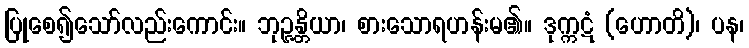
ပြုစေ၍သော်လည်းကောင်း။ ဘုဉ္ဇန္တိယာ၊ စားသောရဟန်းမ၏။ ဒုက္ကဋံ (ဟောတိ)၊ ပန၊